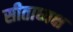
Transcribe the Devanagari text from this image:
सीताध्यक्ष